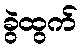
ခွဲထွက်